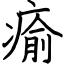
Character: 瘉